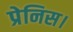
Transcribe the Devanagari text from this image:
प्रेनिस।